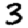
Digit: 3